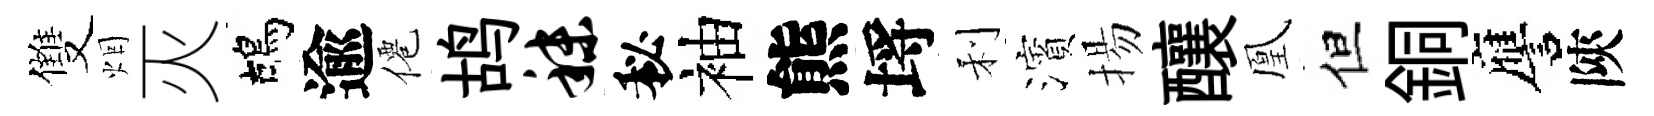
雙烟灭鴣逾僊鸪秣秘袖熊埓利濱揚釀凰但銅譍陝